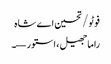
فوٹو/ تحسین اے شاہ
راما جھیل، استور—۔